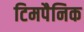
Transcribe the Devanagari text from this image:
टिमपैनिक